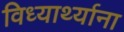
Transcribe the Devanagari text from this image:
विध्यार्थ्याना